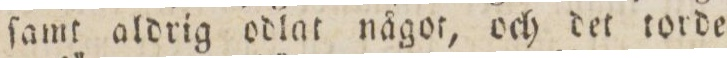
ſamt aldrig odlat något, och det torde